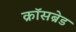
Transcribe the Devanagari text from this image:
क्रॉसब्रेड